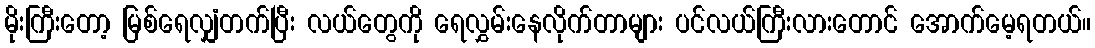
မိုးကြီးတော့ မြစ်ရေလျှံတက်ပြီး လယ်တွေကို ရေလွှမ်းနေလိုက်တာများ ပင်လယ်ကြီးလားတောင် အောက်မေ့ရတယ်။